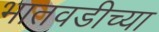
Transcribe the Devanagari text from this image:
भातवडीच्या